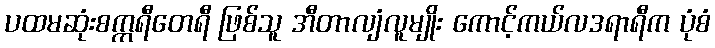
ပထမဆုံးစက္ကရီတေရီ ဖြစ်သူ အီတာလျံလူမျိုး ကောင့်ကယ်လဒရာရီက ပုံစံ